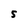
Character: S